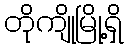
တိုကျိုမြို့ရှိ